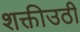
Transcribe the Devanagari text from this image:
शक्तीउठी